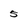
Character: 5